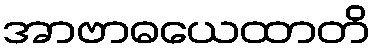
အာဗာဓယေထာတိ